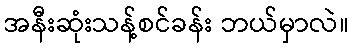
အနီးဆုံးသန့်စင်ခန်း ဘယ်မှာလဲ။